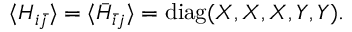
\langle H _ { i \bar { j } } \rangle = \langle \bar { H } _ { \bar { i } j } \rangle = \mathrm { d i a g } ( X , X , X , Y , Y ) .